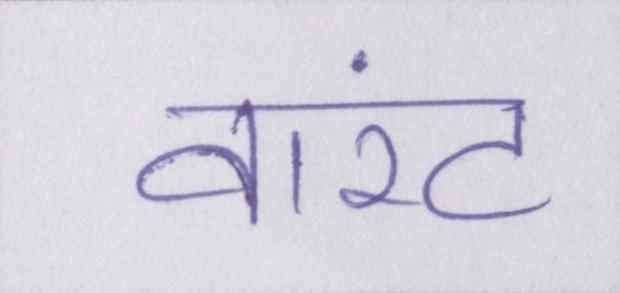
वारंट